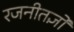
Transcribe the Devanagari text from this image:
रजनीतज्ञों